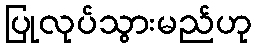
ပြုလုပ်သွားမည်ဟု